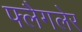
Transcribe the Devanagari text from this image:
फ्लैगलेर